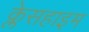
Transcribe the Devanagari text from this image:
क्लेसहाइम